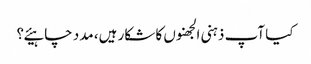
کیا آپ ذہنی الجھنوں کا شکار ہیں، مدد چاہیئے؟